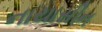
નાયાસીન